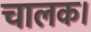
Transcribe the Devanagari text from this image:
चालक।